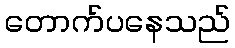
တောက်ပနေသည်